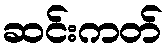
ဆင်းကတ်